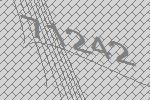
71242